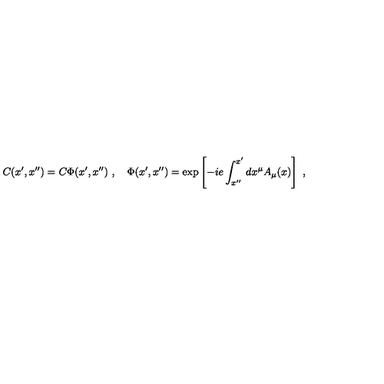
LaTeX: C ( x ^ { \prime } , x ^ { \prime \prime } ) = C \Phi ( x ^ { \prime } , x ^ { \prime \prime } ) \ , \quad \Phi ( x ^ { \prime } , x ^ { \prime \prime } ) = \exp \left[ - i e \int _ { x ^ { \prime \prime } } ^ { x ^ { \prime } } d x ^ { \mu } A _ { \mu } ( x ) \right] \ ,